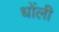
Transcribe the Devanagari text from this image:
धोंली